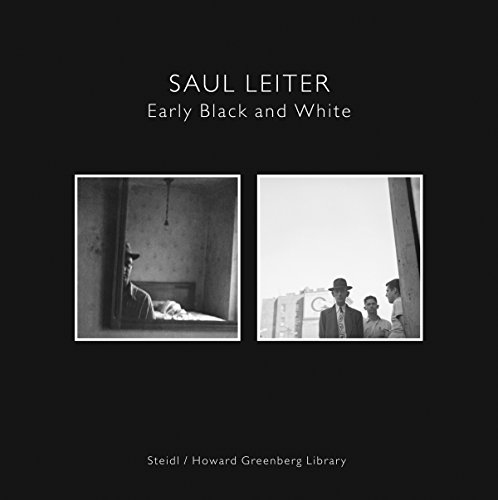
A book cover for Saul Leiter: Early Black and White; Arts & Photography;